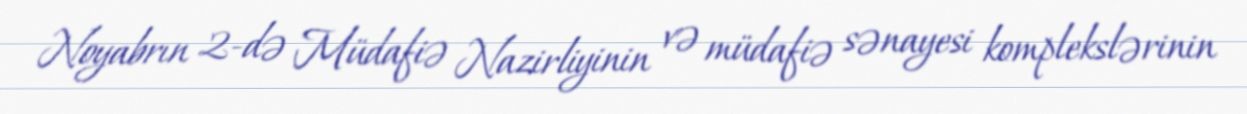
Noyabrın 2-də Müdafiə Nazirliyinin və müdafiə sənayesi komplekslərinin